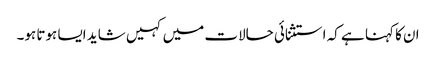
ان کا کہنا ہے کہ استثنائی حالات میں کہیں شاید ایسا ہوتا ہو۔